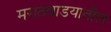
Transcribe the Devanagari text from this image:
मराठवाडयातील